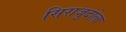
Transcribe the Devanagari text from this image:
सिराजुदोला